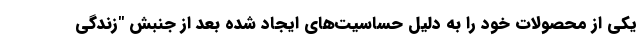
یکی از محصولات خود را به دلیل حساسیت‌های ایجاد شده بعد از جنبش "زندگی